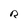
Character: R